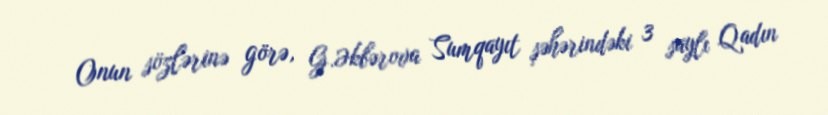
Onun sözlərinə görə, G.Əkbərova Sumqayıt şəhərindəki 3 saylı Qadın